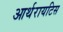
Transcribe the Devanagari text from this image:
आर्थरायटिस